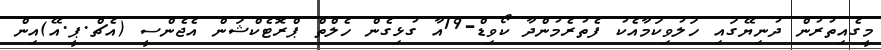
މީގެއިތުރުން ދުނިޔޭގައި ހަލުވިކަމާއެކު ފެތުރެމުންދާ ކޯވިޑް-19އާ ގުޅިގެން ހެލްތް ޕްރޮޓެކްޝަން އެޖެންސީ (އެޗް.ޕީ.އޭ)އިން